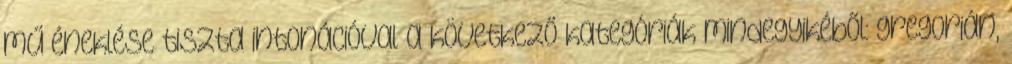
mű éneklése tiszta intonációval a következő kategóriák mindegyikéből: gregorián,